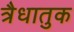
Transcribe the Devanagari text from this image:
त्रैधातुक